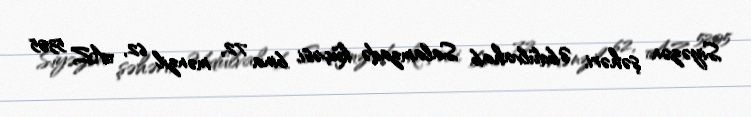
Siyəzən şəhəri, Əbdülvahab Salamzadə küçəsi, bina 72, mənzil 62, AZ 5305